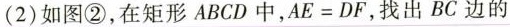
(2)如图②，在矩形ABCD中， $$A E = D F$$ ，找出BC边的